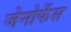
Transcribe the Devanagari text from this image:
जेनोफेंस